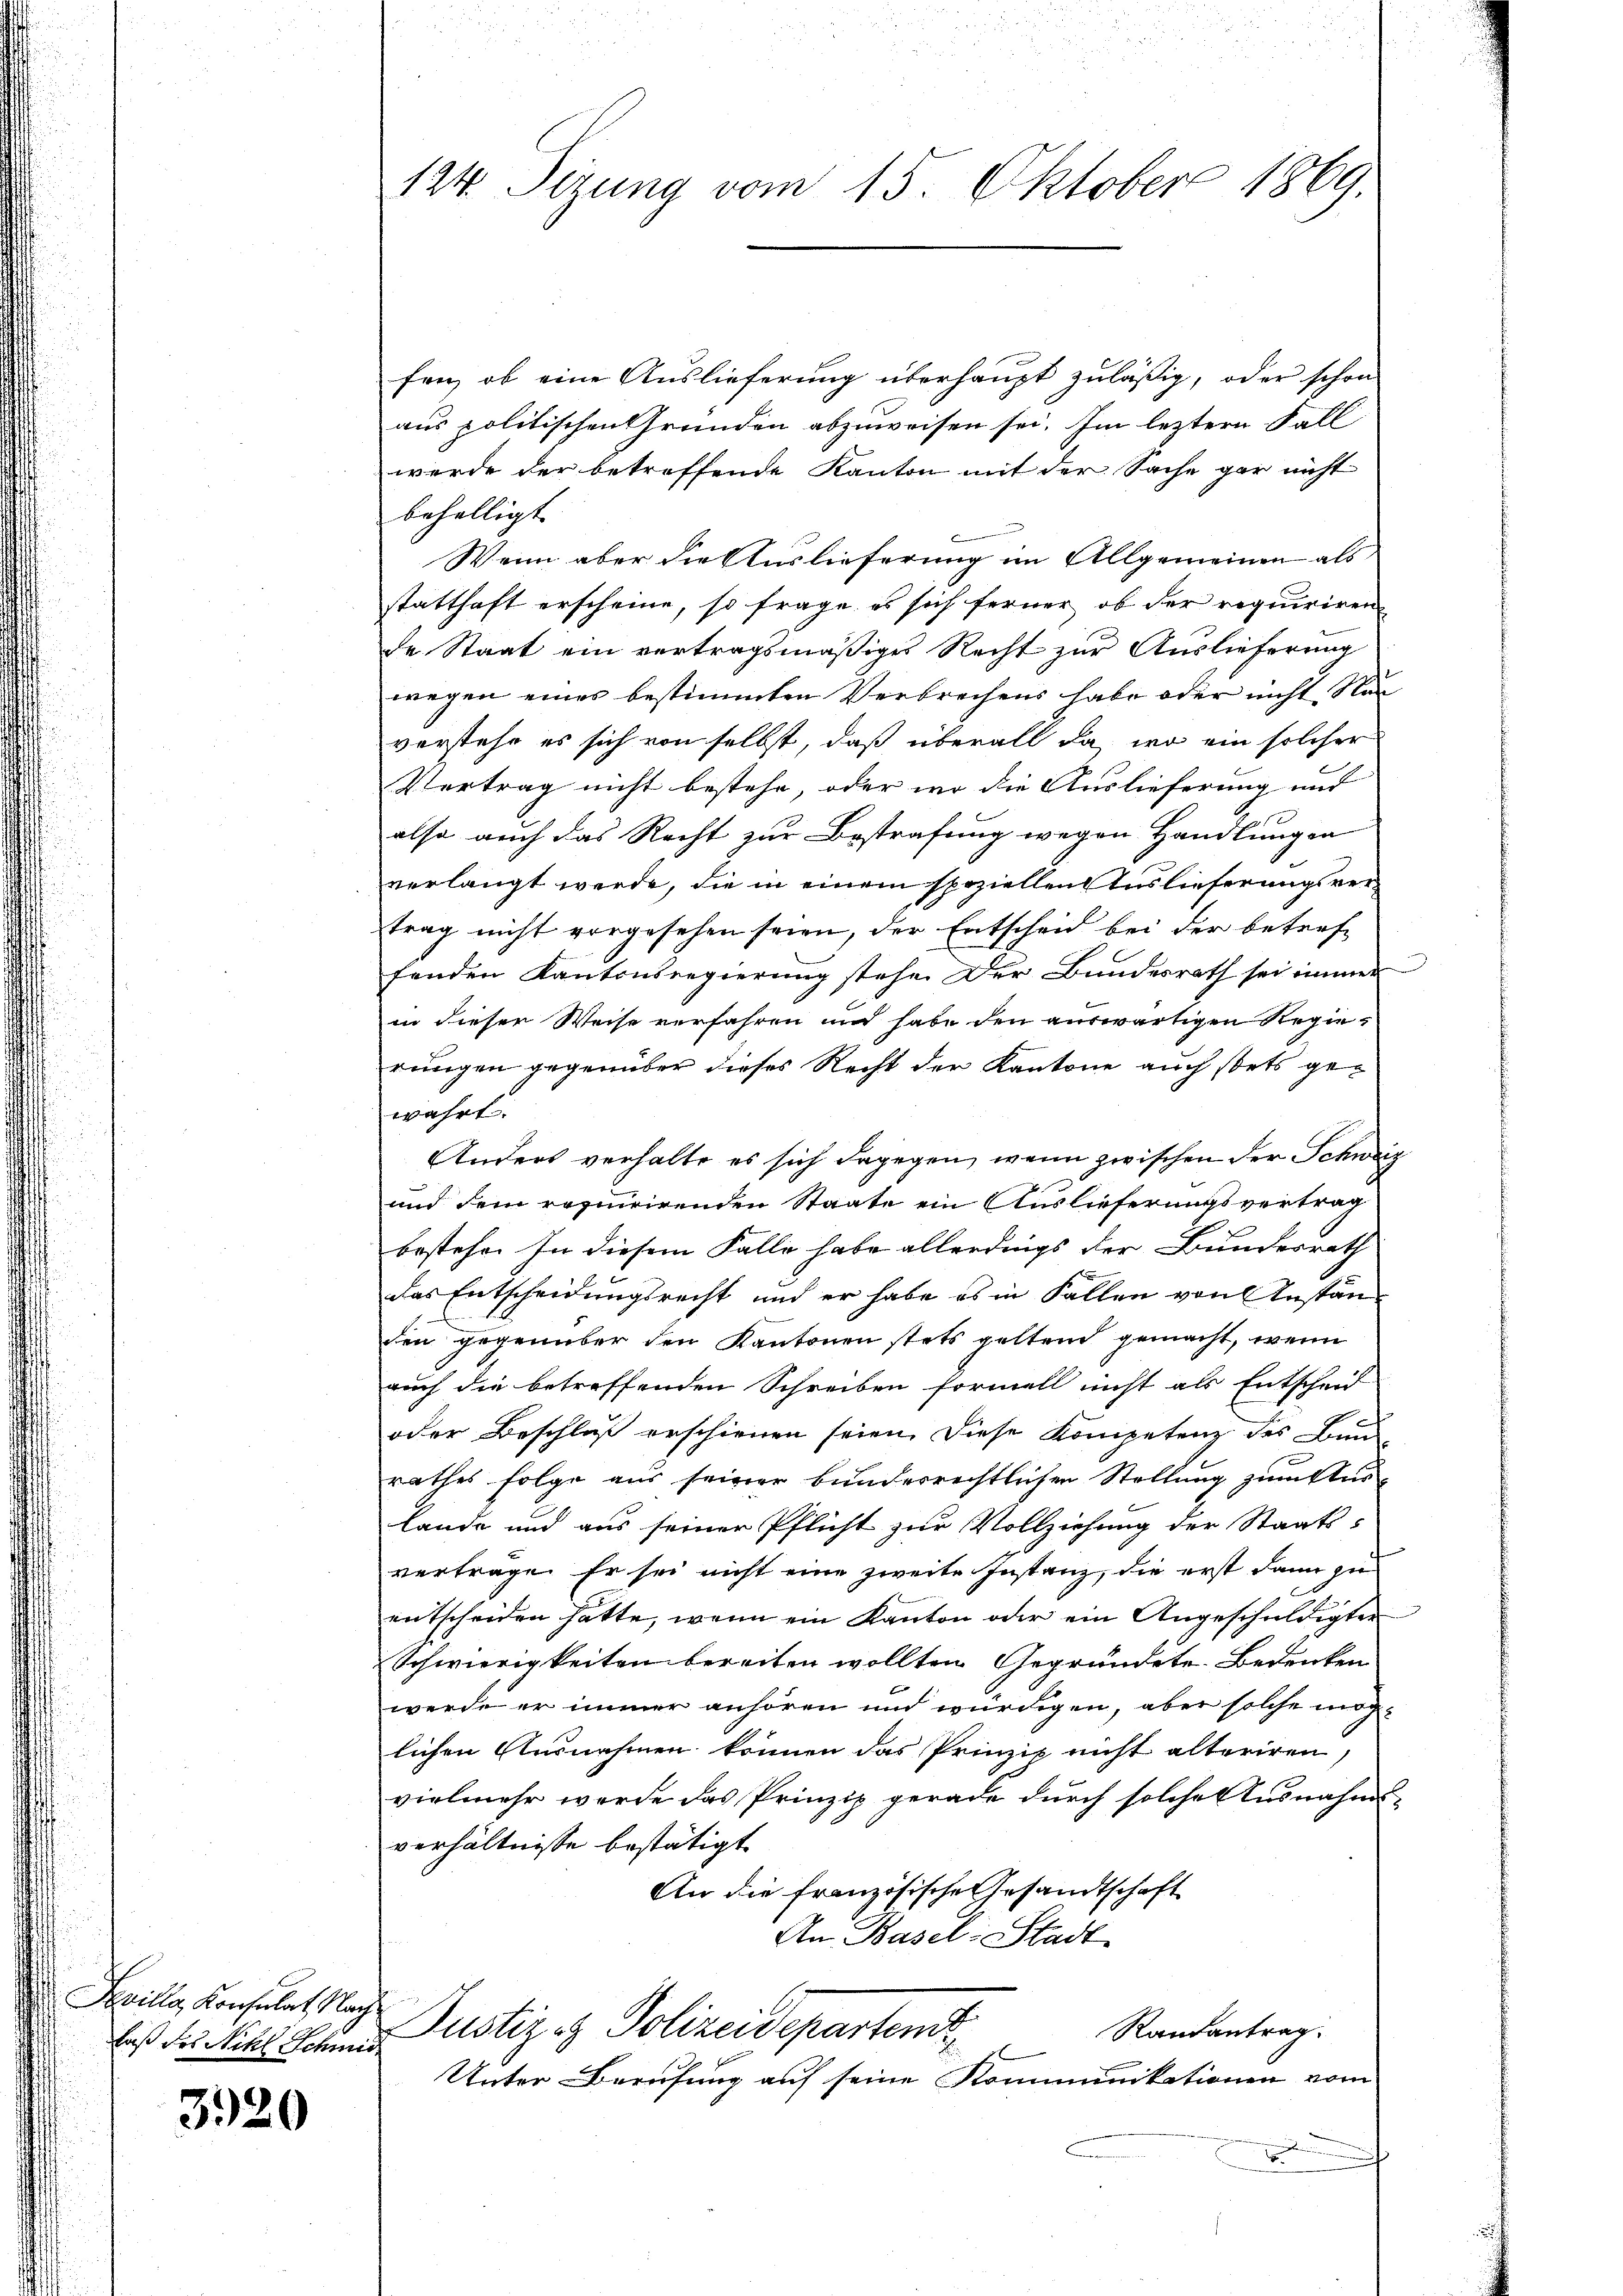
Sevilla, Konsulat Nach
laß des Nichl Schmid

3920

124. Ferung vom 15. Oktober 1869.

fen, ob eine Auslieferung überhaupt zuläßig, oder schon
aus politischen Grunden abzuweisen sei. Im leztere Fall
werde der betreffende Kanton mit der Sache gar nicht
behelligt. |
Wenn aber die Auslieferung im Allgemeinen als
statthaft erscheine, so frage es sich ferner ob der requiriren
de Staat ein vertragsmäßiges Recht zur Auslieferung
wegen eines bestimmten Verbrechens habe oder nicht Na
verstehe es sich von selbst, daß überall da, wo ein solcher
Vertrag nicht bestehe, oder wo die Auslieferung und
also auch das Recht zur Bestrafung wegen Handlungen
verlangt werde, die in einem speziellen Auslieferungsvertrag nicht vorgesehen seien, der Entscheid bei der betreffenden Kantonsregierung stehe. Der Bundesrath sei immer
in dieser Weise verfahren und habe den auswärtigen Regierungen gegenüber dieses Recht der Kantone auch stets gewahrt.
Anders verhalte es sich dagegen, wenn zwischen der Schweiz
f
und dem requirirenden Staate ein Auslieferungsvertrag
bestehen In diesem Falle habe allerdings der Bundesrath
das Entscheidungsrecht und er habe es in Fallen von Anständen gegenüber den Kantonen stets geltend gemacht, wenn
auch die betreffenden Schreiben formell nicht als Entscheid
oder Beschluß erschienen seien. Diese Kompetenz des Bund
rathes folge aus seiner bunderrechtlichen Stellung zum Aus-
Lande und aus seiner Pflicht zur Vollziehung der Staats-
vertrage. Er sei nicht eine zweite Instanz, die erst dann zu
entscheiden hatte, wenn ein Kanton oder ein Angeschuldigten
Schwierigkeiten bereiten wollten gegründete. Bedenken
werde er immer anhören und würdigen, aber solche möglichen Ausnahmen können das Prinzip nicht alteriren,
vielmehr werde das Prinzip gerade durch solche Ausnahms-
verhältnisse bestätigt.
An die französische Gesandtschaft
An Basel-Stadt

Justiz & Polizeideparten
Randantrag.

Unter Berufung auf seine Kommunikationen vom
x